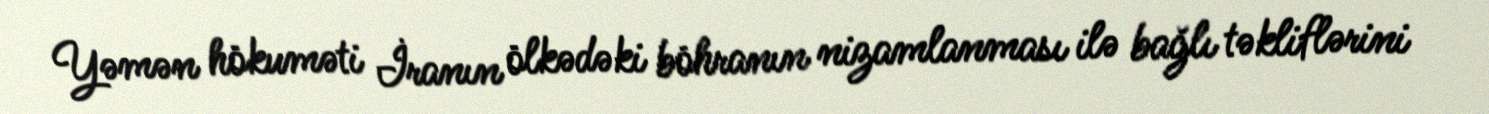
Yəmən hökuməti İranın ölkədəki böhranın nizamlanması ilə bağlı təkliflərini